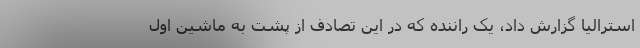
استرالیا گزارش داد، یک راننده که در این تصادف از پشت به ماشین اول